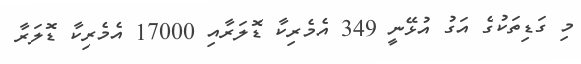
މި ގަޑިތަކުގެ އަގު އުޅޭނީ 349 އެމެރިކާ ޑޮލަރާއި 17000 އެމެރިކާ ޑޮލަރާ